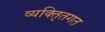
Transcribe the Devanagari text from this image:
व्यक्ति्तगत